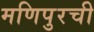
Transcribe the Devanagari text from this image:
मणिपुरची